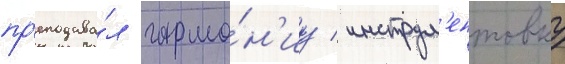
пр'еподава́л гармо́н'иу / инструм'ентовку